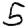
Digit: 5